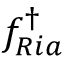
f _ { R i a } ^ { \dagger }